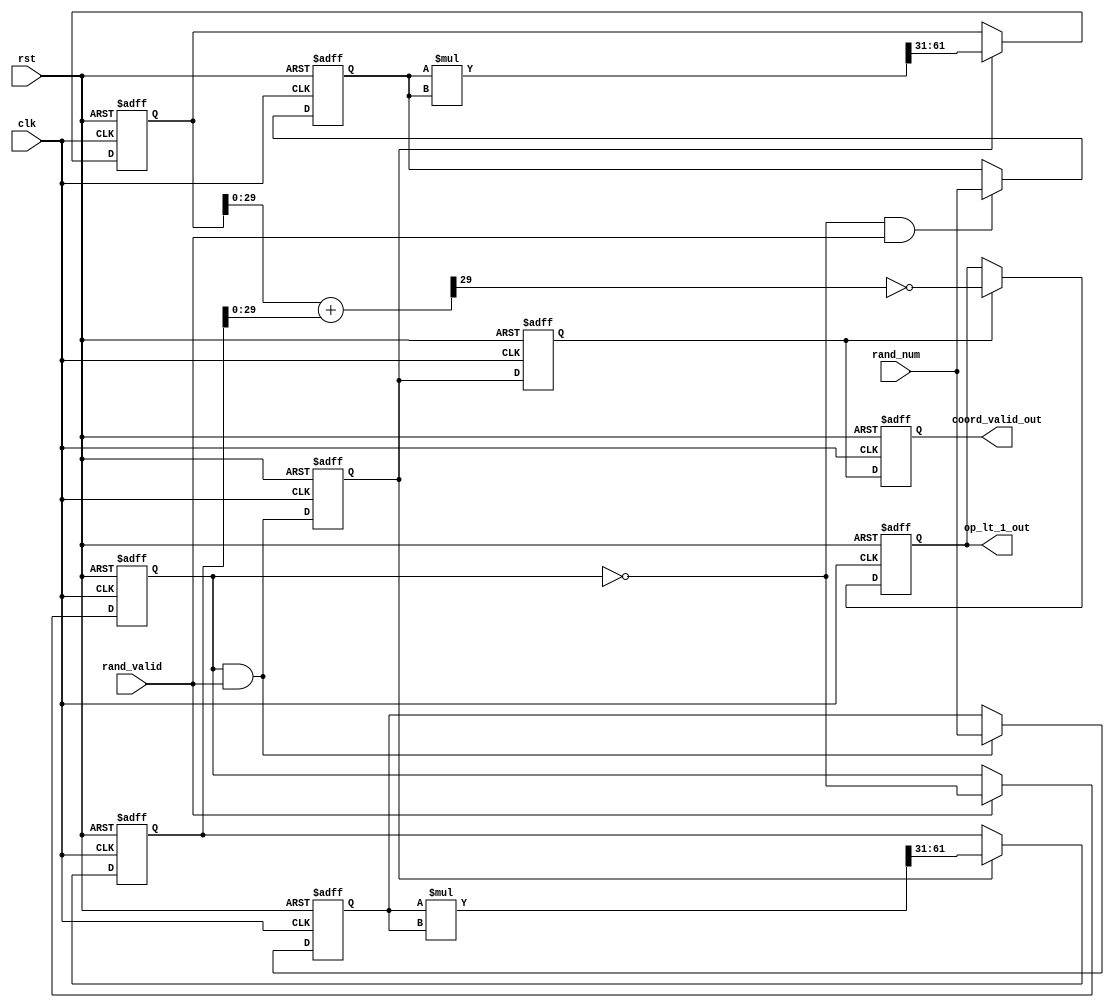
module coord #(parameter IP_BIT_WIDTH = 31) (

    input                    clk,
    input                    rst,
    input [IP_BIT_WIDTH-1:0] rand_num,
    input                    rand_valid,
    
    output reg               op_lt_1_out,
    output reg               coord_valid_out
);

  wire                        next_coord_sel;
  wire [IP_BIT_WIDTH-1:0]     next_x_coord;
  wire [IP_BIT_WIDTH-1:0]     next_y_coord;
  wire                        next_coord_valid;
  wire [(IP_BIT_WIDTH*2)-1:0] calc_x_sq_p0;
  wire [(IP_BIT_WIDTH*2)-1:0] calc_y_sq_p0;
  reg                         coord_sel;
  reg  [IP_BIT_WIDTH-1:0]     x_coord_p0;
  reg  [IP_BIT_WIDTH-1:0]     y_coord_p0;
  reg  [IP_BIT_WIDTH-1:0]     calc_x_sq_p1;
  reg  [IP_BIT_WIDTH-1:0]     calc_y_sq_p1;
  wire [IP_BIT_WIDTH:0]       sq_add_p1;
  reg                         coord_valid_p0;
  reg                         coord_valid_p1;
  wire                        op_lt_1_p1;


  assign next_coord_sel   = (rand_valid) ? ~coord_sel : coord_sel;

  assign next_x_coord     = (~coord_sel & rand_valid) ? rand_num : x_coord_p0;
  assign next_y_coord     = ( coord_sel & rand_valid) ? rand_num : y_coord_p0;

  assign next_coord_valid = (coord_sel & rand_valid);

  assign calc_x_sq_p0     = $signed(x_coord_p0) * $signed(x_coord_p0);
  assign calc_y_sq_p0     = $signed(y_coord_p0) * $signed(y_coord_p0);

  assign sq_add_p1        = calc_x_sq_p1 + calc_y_sq_p1;

  assign op_lt_1_p1       = ~sq_add_p1[IP_BIT_WIDTH-2];

  always @(posedge clk or posedge rst)
      if (rst)
      begin
          coord_sel       <= 1'b0;
          x_coord_p0      <= {IP_BIT_WIDTH{1'b0}};
          y_coord_p0      <= {IP_BIT_WIDTH{1'b0}};
          coord_valid_p0  <= 1'b0;
          coord_valid_p1  <= 1'b0;
          coord_valid_out <= 1'b0;
          calc_x_sq_p1    <= {IP_BIT_WIDTH{1'b0}};
          calc_y_sq_p1    <= {IP_BIT_WIDTH{1'b0}};
          op_lt_1_out     <= 1'b0;
      end
      else
      begin
          coord_sel       <= next_coord_sel;
          x_coord_p0      <= next_x_coord;
          y_coord_p0      <= next_y_coord;
          coord_valid_p0  <= next_coord_valid;
          coord_valid_p1  <= coord_valid_p0;
          coord_valid_out <= coord_valid_p1;
          calc_x_sq_p1    <= (coord_valid_p0 ? calc_x_sq_p0[(IP_BIT_WIDTH*2)-1:IP_BIT_WIDTH] : calc_x_sq_p1);
          calc_y_sq_p1    <= (coord_valid_p0 ? calc_y_sq_p0[(IP_BIT_WIDTH*2)-1:IP_BIT_WIDTH] : calc_y_sq_p1);
          op_lt_1_out     <= (coord_valid_p1 ? op_lt_1_p1 : op_lt_1_out);
      end

endmodule